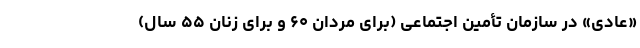
«عادی» در سازمان تأمین اجتماعی (برای مردان ۶۰ و برای زنان ۵۵ سال)